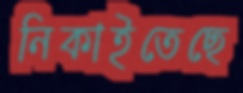
নিকাইতেছে